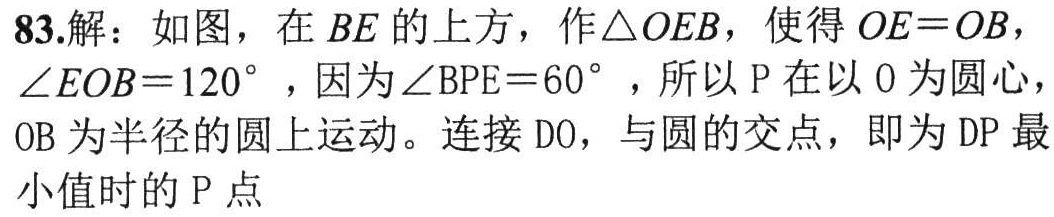
83.解：如图，在$BE$的上方，作$\triangle OEB$，使得$OE = OB$，$\angle EOB = 120^{\circ}$，因为$\angle BPE = 60^{\circ}$，所以$\mathrm{P}$在以$\mathrm{O}$为圆心，$\mathrm{OB}$为半径的圆上运动。连接$\mathrm{DO}$，与圆的交点，即为$\mathrm{DP}$最小值时的$\mathrm{P}$点